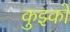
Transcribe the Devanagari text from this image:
कुझ्को